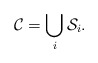
\begin{align*} \mathcal C =\bigcup_{i}\mathcal S_i.\end{align*}